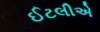
ઈટલીએ